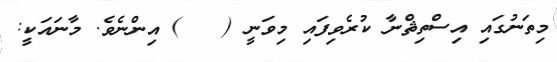
މިތަނުގައި އިސްތިޘްނާ ކުރެވިފައި މިވަނީ (   ) އިންނެވެ. މާނައަކީ: